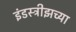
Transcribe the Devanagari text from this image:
इंडस्ट्रीझच्या